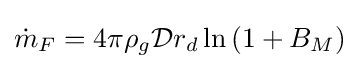
{\dot {m}}_{F}=4\pi \rho _{g}{\mathcal {D}}r_{d}\ln \left(1+B_{M}\right)